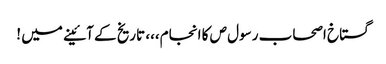
گستاخ اصحاب رسول ص کا انجام،،، تاریخ کے آئینے میں !